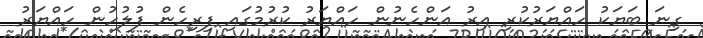
ގިނަ ބަޔަކު ހައްޔަރުކުރި އިރު އަންހެނުން ހައްޔަރު ކުރުމުގައި ފިރިހެން ފުލުހުން ހައްޔަރު